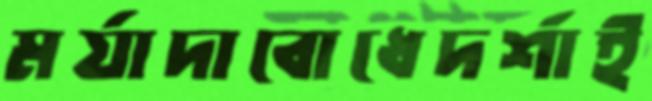
মর্যাদাবোধেদর্শাই